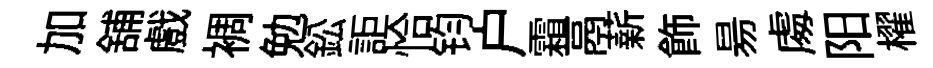
加舖戲裯勉鈆詎恰钧户霜鬲薪飾昜䖏阳櫂